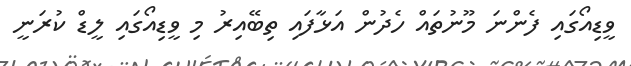
ވީޑިއޯގައި ފެންނަ މޫނުތައް ހެދުން އަޅާފައި ތިބޭއިރު މި ވީޑިއޯގައި ލީޑް ކުރަނީ